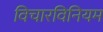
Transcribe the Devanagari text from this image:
विचारविनियम